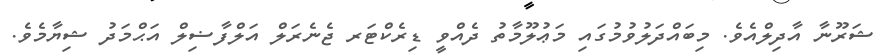
ޝަރޫނާ އާދިލްއެވެ. މިބައްދަލުވުމުގައި މަޢުލޫމާތު ދެއްވީ ޑިރެކްޓަރ ޖެނެރަލް އަލްފާޟިލް އަޙްމަދު ޝިޔާމެވެ.